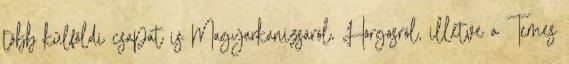
több külföldi csapat is Magyarkanizsáról, Horgosról, illetve a Temes